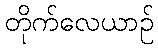
တိုက်လေယာဉ်